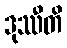
ဒုဿီတိ